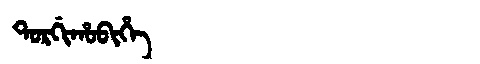
Manchu: ᡨᠣᡵᡤᡳᡥᠣᠪᡳᡥᡝ
Romanization: TORGIHOBIHE